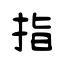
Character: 指